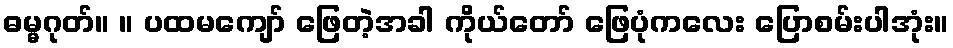
ဓမ္မဂုတ်။ ။ ပထမကျော် ဖြေတဲ့အခါ ကိုယ်တော် ဖြေပုံကလေး ပြောစမ်းပါအုံး။